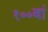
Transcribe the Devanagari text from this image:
१००वां